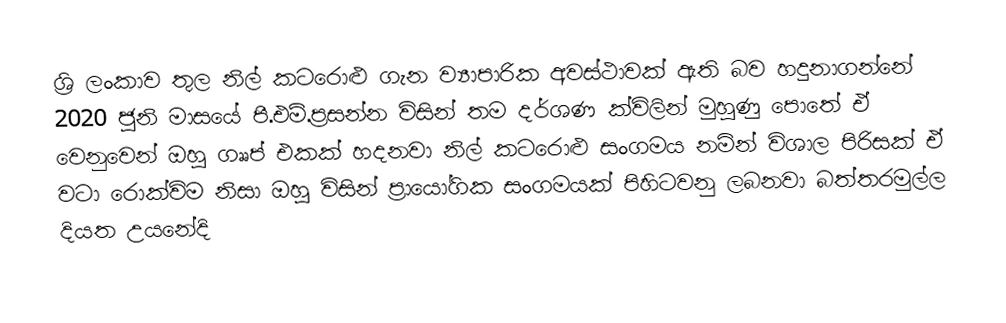
ශ්‍රි ලංකාව තුල නිල් කටරොළු ගැන ව්‍යාපාරික අවස්ථාවක් ඇති බව හදුනාගන්නේ  2020 ජුනි මාසයේ පී.එම්.ප්‍රසන්න  විසින්   තම දර්ශණ ක්විලින්  මුහුණු පොතේ  ඒ වෙනුවෙන් ඔහු ගෲප්  එකක් හදනවා  නිල් කටරොළු සංගමය නමින්  විශාල  පිරිසක් ඒ වටා රොක්විම නිසා ඔහු විසින් ප්‍රායෝගික  සංගමයක් පිහිටවනු ලබනවා බත්තරමුල්ල  දියත  උයනේදි